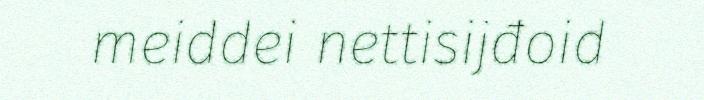
meiddei nettisijđoid